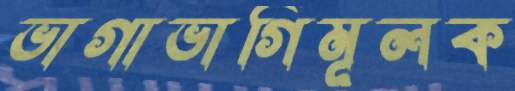
ভাগাভাগিমূলক